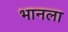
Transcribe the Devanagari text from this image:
भानला